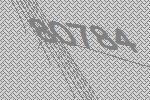
80784